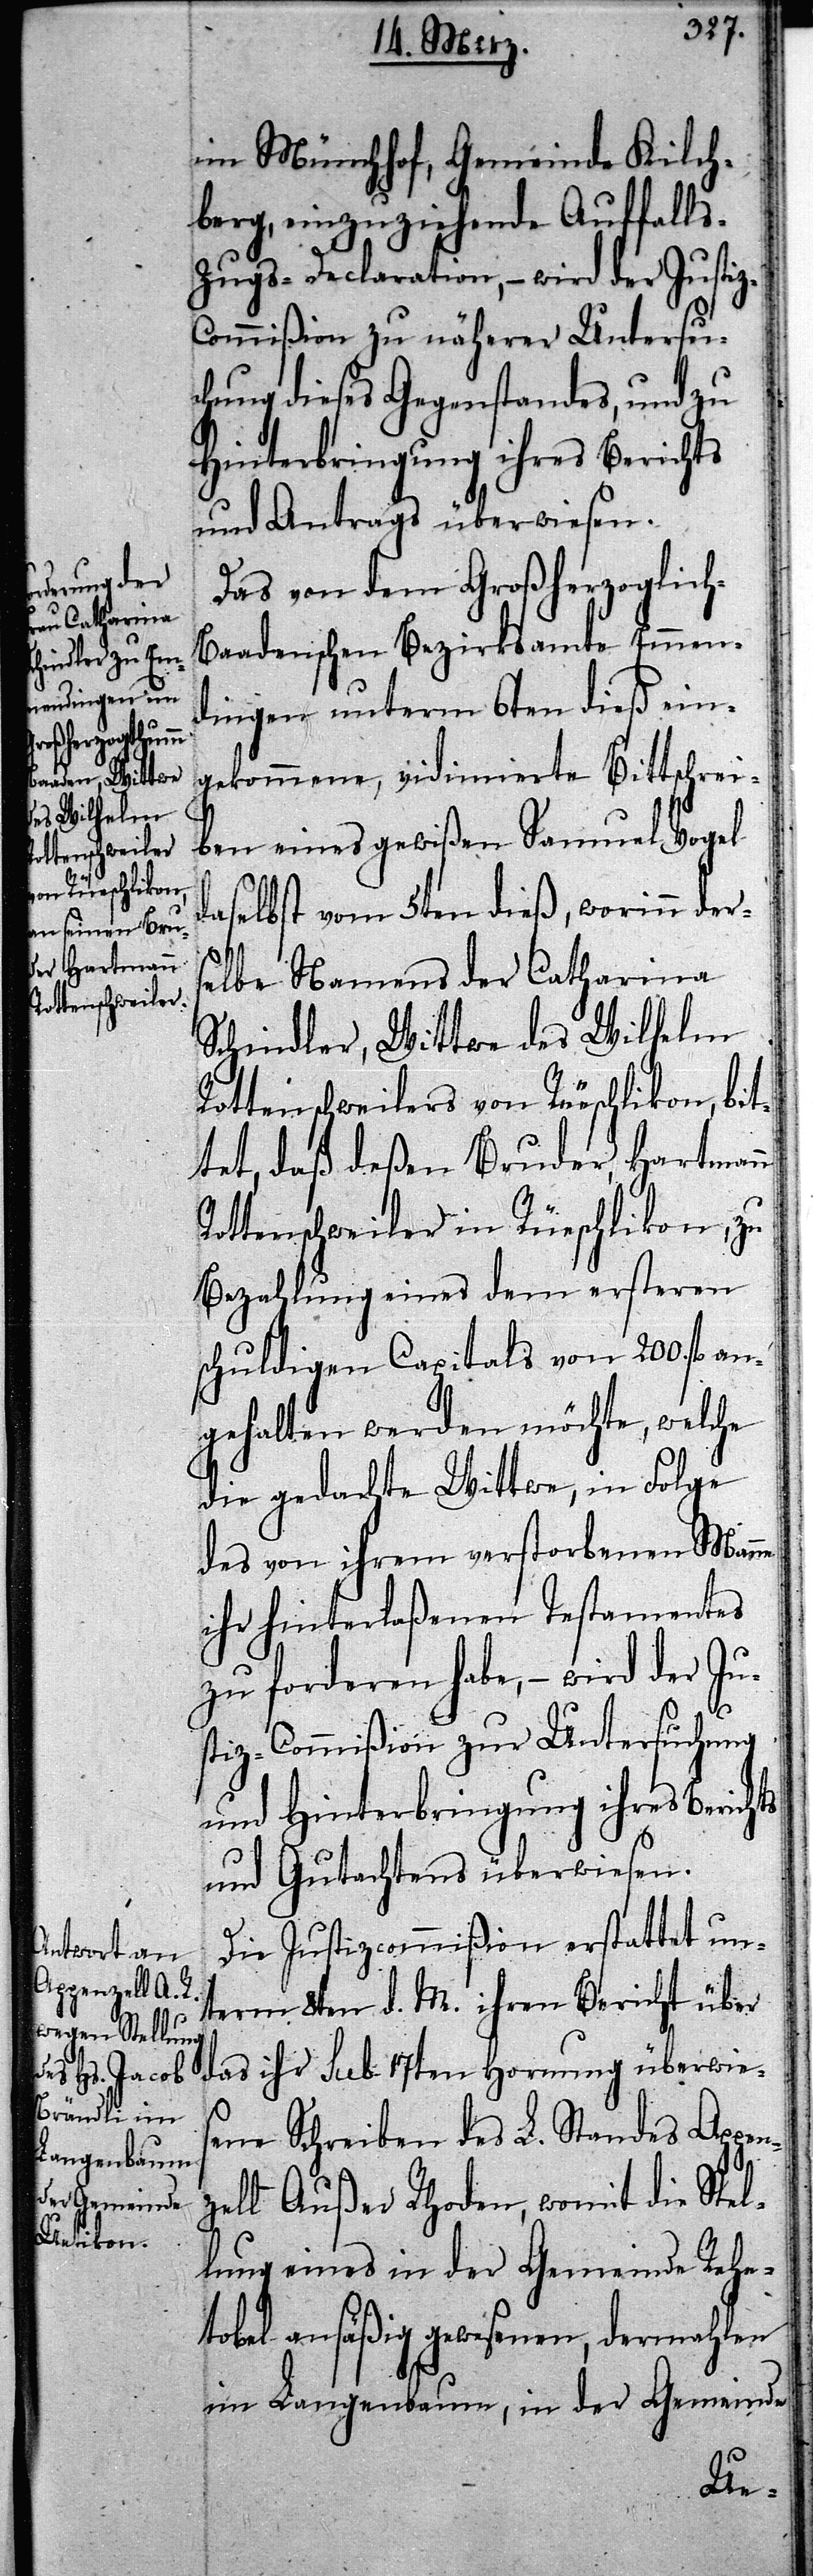
im Münchhof, Gemeinde Kilch¬
berg, einzuziehende Auffalls¬
zugs-Declaration, – wird der Justi¬
ommißion zu näherer Untersu¬
chung dieses Gegenstandes, und zu
Hinterbringung ihres Berichts
und Antrags überwiesen.
Das von dem Großherzoglic¬
h-Baadenschen Bezirksamte Emmen¬
dingen unterm 6ten dieß ein¬
gekommene, vidimierte Bittschrei¬
ben eines gewißen Samuel Vogel
daselbst vom 5ten dieß, worinn ders¬
elbe Namens der Catharina
Schindler, Wittwe des Wilhelm
Rottenschweilers von Rüeschlikon, bit¬
tet, daß deßen Bruder, Hartmann
Rottenschweiler in Rüeschlikon, zu
Bezahlung eines dem ersteren
schuldigen Capitals von 200. fl an¬
gehalten werden möchte, welche
die gedachte Wittwe, in Folge
des von ihrem verstorbenen Manne
ihr hinterlaßenen Testamentes
zu forderen habe, – wird der Jus¬
tiz-Commißion zur Untersuchung
und Hinterbringung ihres Berichts
und Gutachtens überwiesen.
Die Justizcommißion erstattet un¬
term 8ten d. M. ihren Bericht über
das ihr sub 17ten Hornung überwies¬
ene Schreiben des L. Standes Appen¬
zell Außer Rhoden, womit die Stel¬
lung eines in der Gemeinde Rehe¬
tobel ansäßig gewesenen, dermahlen
im Langenbaum, in der Gemeinde
z-C¬